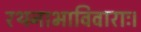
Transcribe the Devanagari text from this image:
रथनाभाविवाराः।